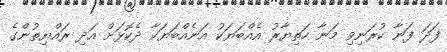
ފަދަ ފަނާ ކުރަނިވި މަނާ ހަތިޔާރު އެއްބަޔަކު އަނެއްބަޔަކާ ދެކޮޅަށް އަދި ރައްޔިތުންގެ